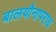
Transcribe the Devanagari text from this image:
बालयौनापराध